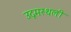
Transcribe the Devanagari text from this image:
उद्गमस्थली